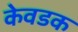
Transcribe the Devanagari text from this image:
केवडक